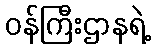
ဝန်ကြီးဌာနရဲ့